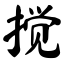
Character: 搅